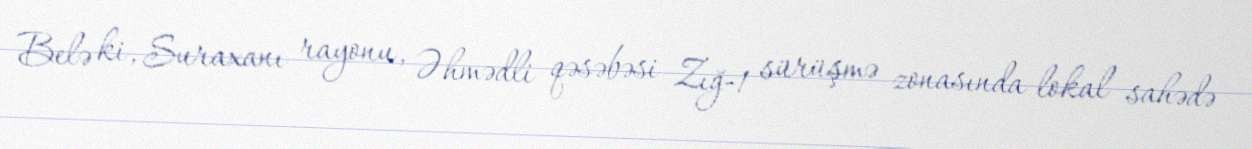
Belə ki, Suraxanı rayonu, Əhmədli qəsəbəsi Zığ-1 sürüşmə zonasında lokal sahədə